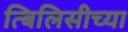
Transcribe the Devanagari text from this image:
त्बिलिसीच्या